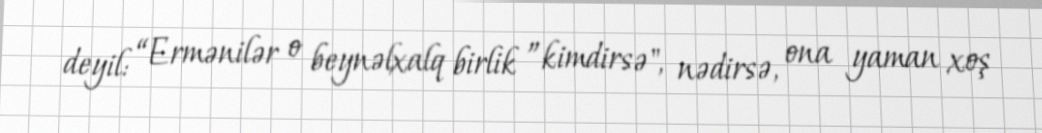
deyil: “Ermənilər o beynəlxalq birlik ”kimdirsə", nədirsə, ona yaman xoş